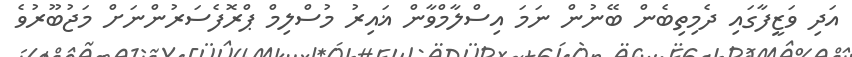
އަދި ވަޒީފާގައި ދެމިތިބެން ބޭނުން ނަމަ އިސްލާމްވާން ޣައިރު މުސްލިމް ޕްރޮފެސަރުންނަށް މަޖުބޫރުވެ